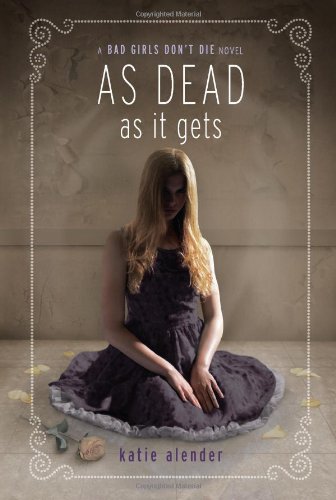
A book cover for As Dead as it Gets (Bad Girls Don't Die); Katie Alender; Teen & Young Adult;